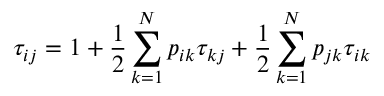
\tau _ { i j } = 1 + \frac { 1 } { 2 } \sum _ { k = 1 } ^ { N } p _ { i k } \tau _ { k j } + \frac { 1 } { 2 } \sum _ { k = 1 } ^ { N } p _ { j k } \tau _ { i k }